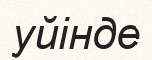
уйінде